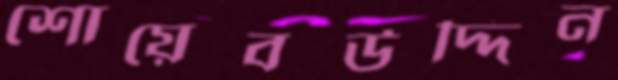
শোয়েবউদ্দিন